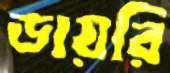
ডায়রি